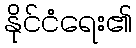
နိုင်ငံရေး၏